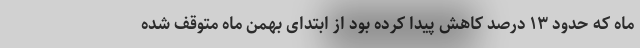
ماه که حدود ۱۳ درصد کاهش پیدا کرده بود از ابتدای بهمن ماه متوقف شده